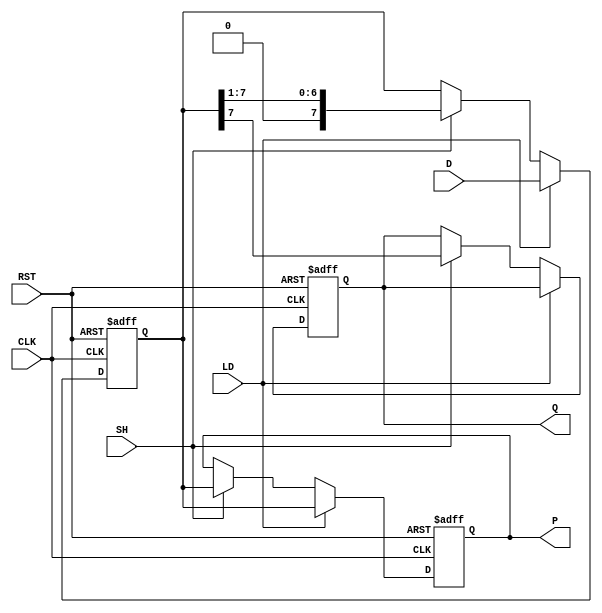
module PISO_Register (
    input wire [n-1:0] D,      // Parallel Data Inputs
    input wire LD,              // Load Signal
    input wire SH,              // Shift Signal
    input wire CLK,             // Clock Signal
    input wire RST,             // Reset Signal
    output reg Q,               // Serial Output
    output reg [n-1:0] P        // Parallel Output (optional)
);

parameter n = 8; // Define the width of the register (8 bits by default)

reg [n-1:0] register; // Internal register to hold data

always @(posedge CLK or posedge RST) begin
    if (RST) begin
        // Asynchronous reset
        register <= {n{1'b0}}; // Clear the register
        Q <= 1'b0;             // Clear the serial output
        P <= {n{1'b0}};        // Clear the parallel output
    end else if (LD) begin
        // Load operation
        register <= D;         // Load parallel data into the register
        P <= register;         // Update parallel output
    end else if (SH) begin
        // Shift operation
        Q <= register[n-1];    // Output the MSB to serial output
        register <= {1'b0, register[n-1:1]}; // Shift right and fill with 0
        P <= register;         // Update parallel output
    end
end

endmodule